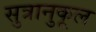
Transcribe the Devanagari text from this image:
सुत्रानुकूल